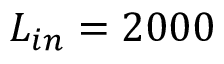
L _ { i n } = 2 0 0 0